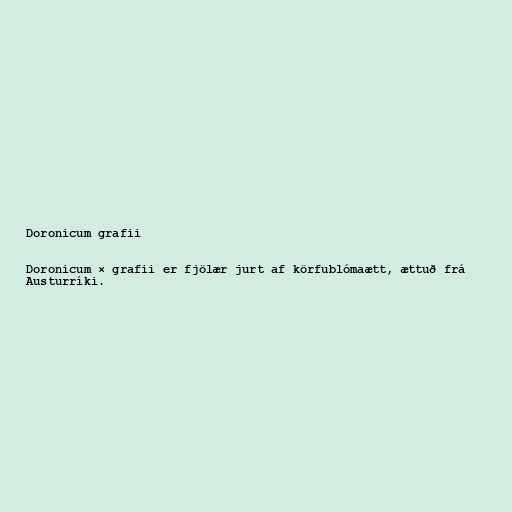
Doronicum grafii

Doronicum × grafii er fjölær jurt af körfublómaætt, ættuð frá
Austurríki.